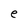
Character: e